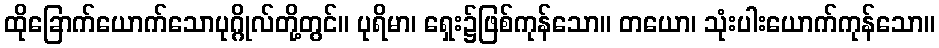
ထိုခြောက်ယောက်သောပုဂ္ဂိုလ်တို့တွင်။ ပုရိမာ၊ ရှေး၌ဖြစ်ကုန်သော။ တယော၊ သုံးပါးယောက်ကုန်သော။